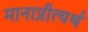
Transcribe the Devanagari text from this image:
मानाप्रीत्यर्थ